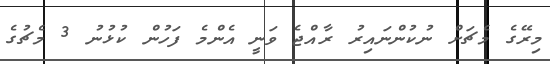
މިރޭގެ މެޗަށް ނުކުންނައިރު ރާއްޖެ ވަނީ އެންމެ ފަހުން ކުޅުނު 3 މެޗުގެ